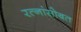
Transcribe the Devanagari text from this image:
रत्नांसोबत